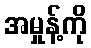
အမှုန့်ကို